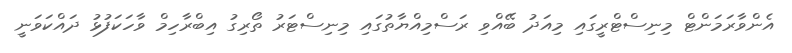
އެންވާރަމަންޓް މިނިސްޓްރީގައި މިއަދު ބޭއްވި ރަސްމިއްޔާތުގައި މިނިސްޓަރު ތޯރިގު އިބްރާހިމް ވާހަކަފުޅު ދައްކަވަނީ